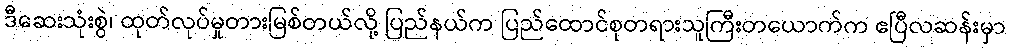
ဒီဆေးသုံးစွဲ၊ ထုတ်လုပ်မှုတားမြစ်တယ်လို့ ပြည်နယ်က ပြည်ထောင်စုတရားသူကြီးတယောက်က ဧပြီလဆန်းမှာ